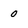
Character: o